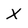
Character: X